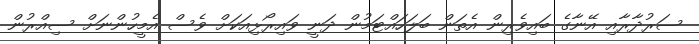
ސަރުދާރާއި އޭނާގެ ބައިވެރިން އެތަން ބަލަހައްޓަމުން ދަނީ ވައިރޯޅިއަކަށް ވެސް އެމީހުންނަށް ސިއްރުން